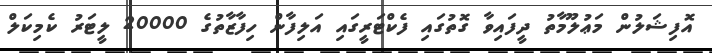
އޮފިޝަލުން މަޢުލޫމާތު ދީފައިވާ ގޮތުގައި ފެކްޓަރީގައި އަލިފާން ހިފާޒާތުގެ 20000 ލީޓަރު ކެމިކަލް